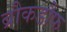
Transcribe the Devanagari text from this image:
ब्रौकडौफ